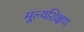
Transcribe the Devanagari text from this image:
मूल्यशिक्षण